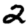
Digit: 2